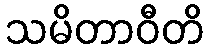
သမိတာဝီတိ